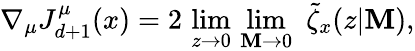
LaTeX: \nabla_{\mu}J_{d+1}^{\mu}(x)=2\, \operatorname*{lim}_{z\rightarrow0}\, \operatorname*{lim}_{\mathbf{M}\rightarrow0}\, \, \tilde{{\zeta}}_{x}(z|\mathbf{M}),